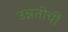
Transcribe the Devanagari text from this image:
उन्नतीचीं